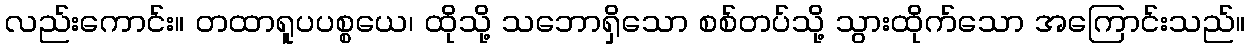
လည်းကောင်း။ တထာရူပပစ္စယေ၊ ထိုသို့ သဘောရှိသော စစ်တပ်သို့ သွားထိုက်သော အကြောင်းသည်။